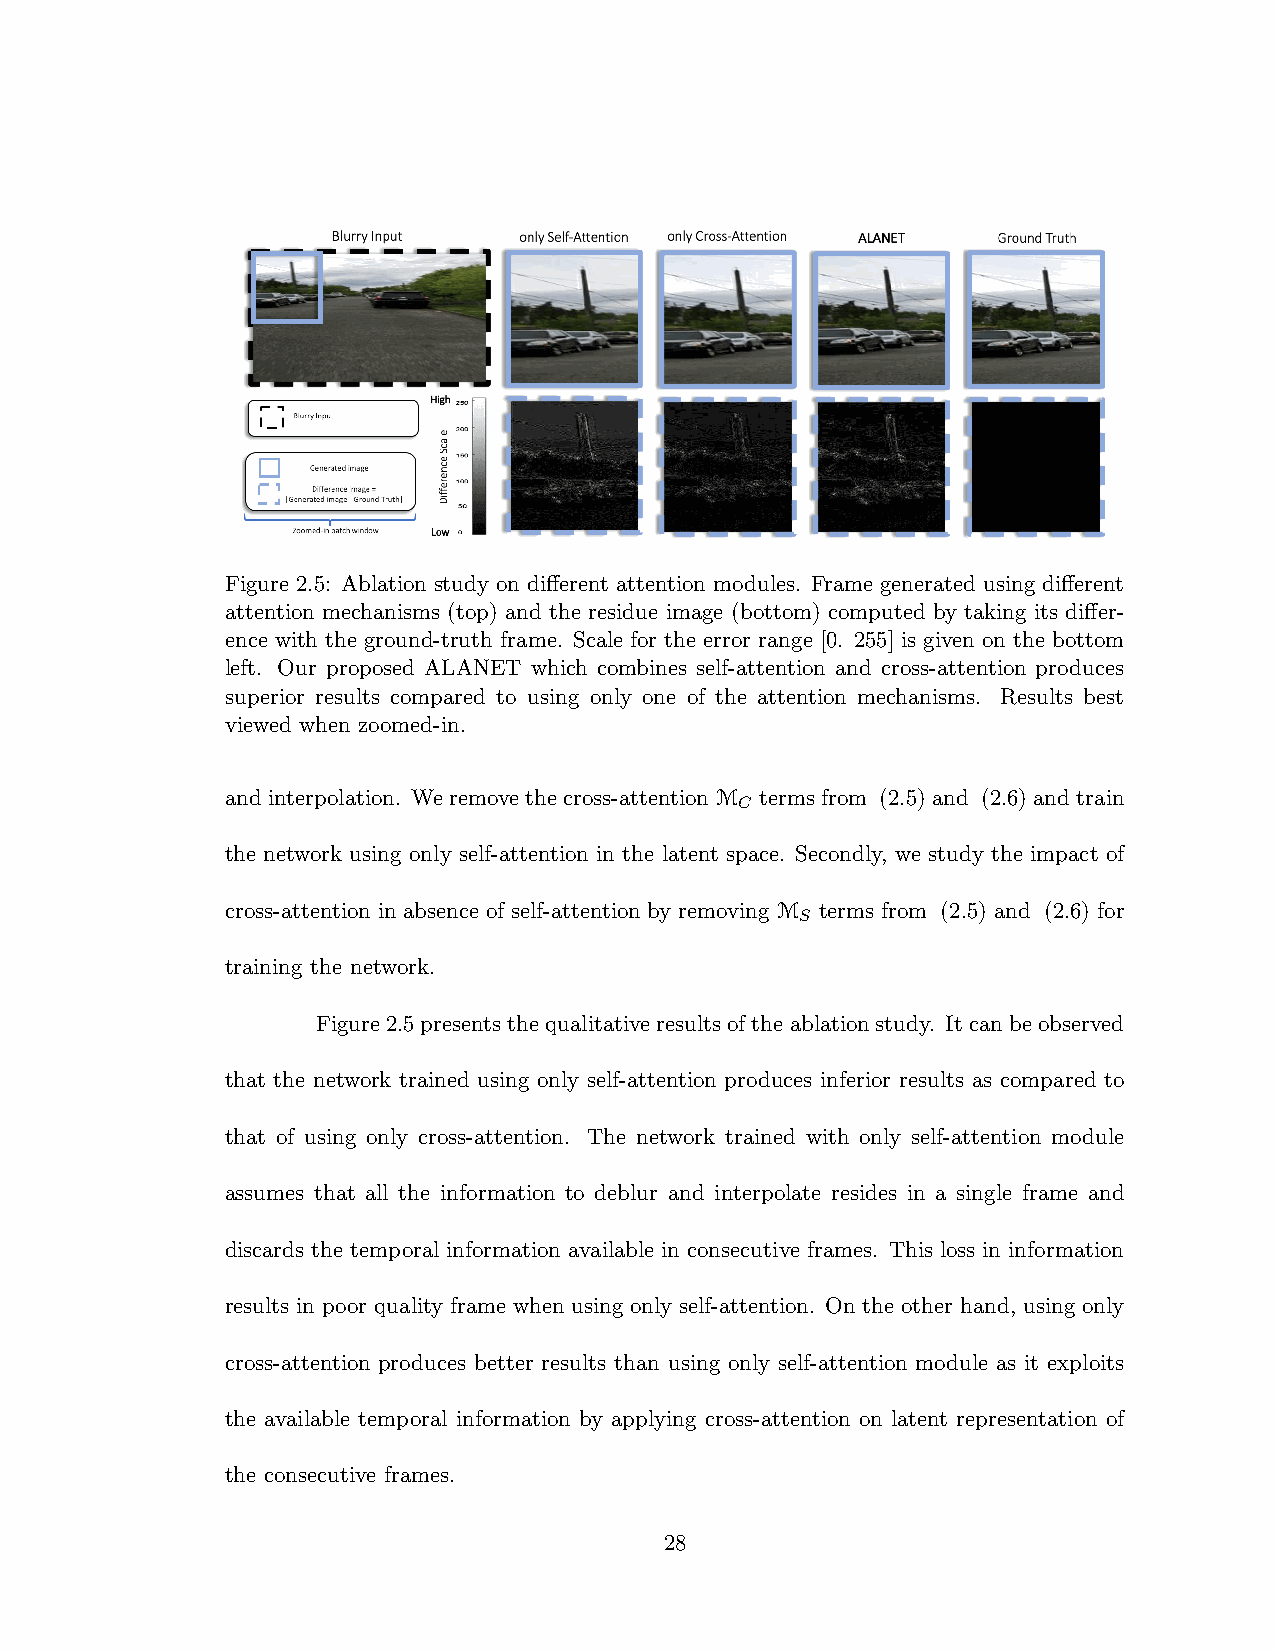
Figure 2.5: Ablation study on different attention modules. Frame generated using different
 attention mechanisms (top) and the residue image (bottom) computed by taking its differ-
 ence with the ground-truth frame. Scale for the error range [0. 255] is given on the bottom
 left. Our proposed ALANET which combines self-attention and cross-attention produces
 superior results compared to using only one of the attention mechanisms. Results best
 viewed when zoomed-in.
 andinterpolation. Weremovethecross-attentionM termsfrom (2.5)and (2.6)andtrain
 C
 the network using only self-attention in the latent space. Secondly, we study the impact of
 cross-attention in absence of self-attention by removing M terms from (2.5) and (2.6) for
 S
 training the network.
 Figure2.5presentsthequalitativeresultsoftheablationstudy. Itcanbeobserved
 that the network trained using only self-attention produces inferior results as compared to
 that of using only cross-attention. The network trained with only self-attention module
 assumes that all the information to deblur and interpolate resides in a single frame and
 discards the temporal information available in consecutive frames. This loss in information
 results in poor quality frame when using only self-attention. On the other hand, using only
 cross-attention produces better results than using only self-attention module as it exploits
 the available temporal information by applying cross-attention on latent representation of
 the consecutive frames.
 28